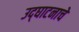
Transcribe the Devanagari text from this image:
उद्‌घाटनाचे